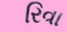
રિવા